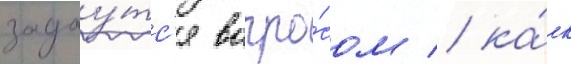
задау́тс'я вопро́сом / ка́к